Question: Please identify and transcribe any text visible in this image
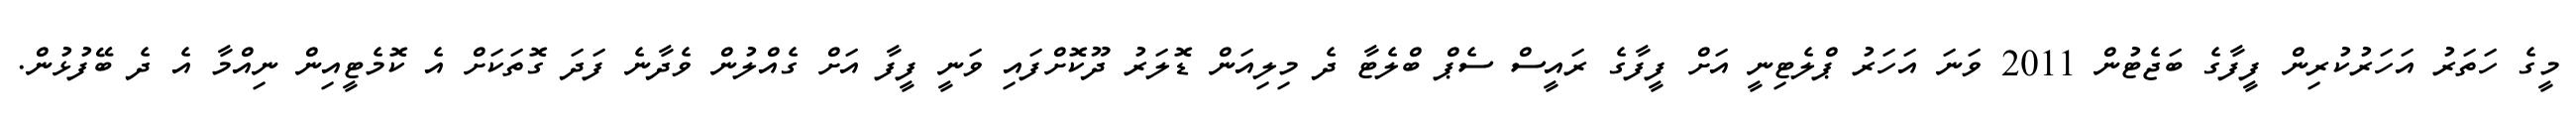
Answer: މީގެ ހަތަރު އަހަރުކުރިން ފީފާގެ ބަޖެޓުން 2011 ވަނަ އަހަރު ޕްލެޓިނީ އަށް ފީފާގެ ރައީސް ސެޕް ބްލެޓާ ދެ މިލިއަން ޑޮލަރު ދޫކޮށްފައި ވަނީ ފީފާ އަށް ގެއްލުން ވެދާނެ ފަދަ ގޮތަކަށް އެ ކޮމެޓީއިން ނިއްމާ އެ ދެ ބޭފުޅުން.